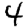
Digit: 4